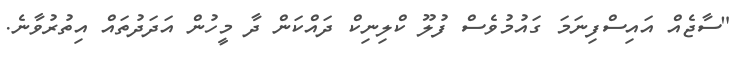
"ސާޖެއް އައިސްފިނަމަ ގައުމުވެސް ފުލޫ ކްލިނިކް ދައްކަން ދާ މީހުން އަދަދުތައް އިތުރުވާނެ.